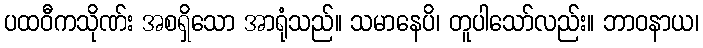
ပထဝီကသိုဏ်း အစရှိသော အာရုံသည်။ သမာနေပိ၊ တူပါသော်လည်း။ ဘာဝနာယ၊